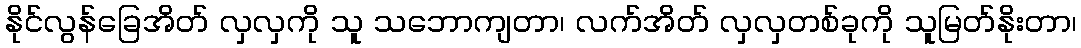
နိုင်လွန်ခြေအိတ် လှလှကို သူ သဘောကျတာ၊ လက်အိတ် လှလှတစ်ခုကို သူမြတ်နိုးတာ၊